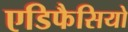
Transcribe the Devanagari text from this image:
एडिफैसियो